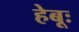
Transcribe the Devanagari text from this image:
हेबूः